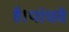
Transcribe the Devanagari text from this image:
है।पांचवे